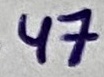
Text: .47